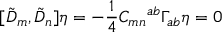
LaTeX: [ { \tilde { D } } _ { m } , { \tilde { D } } _ { n } ] \eta = - \frac { 1 } { 4 } C _ { m n } { } ^ { a b } \Gamma _ { a b } \eta = 0